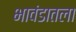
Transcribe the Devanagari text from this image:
भावंडातला